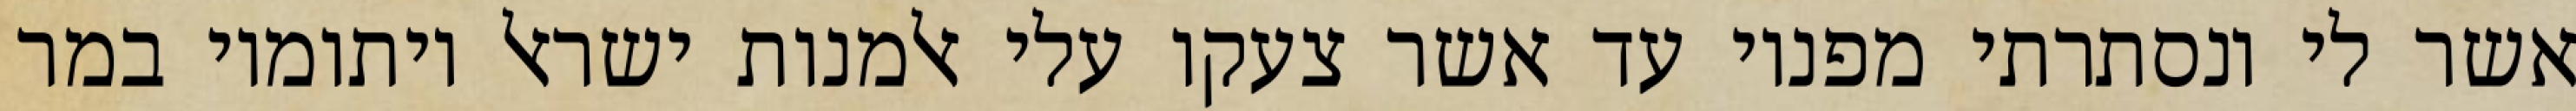
אשר לי ונסתרתי מפניו עד אשר צעקו עלי אלמנות ישראל ויתומיו במר